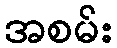
အစမ်း